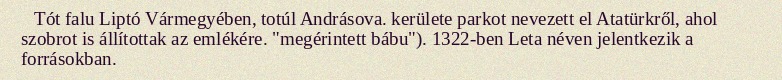
Tót falu Liptó Vármegyében, totúl Andrásova. kerülete parkot nevezett el Atatürkről, ahol szobrot is állítottak az emlékére. "megérintett bábu"). 1322-ben Leta néven jelentkezik a forrásokban.